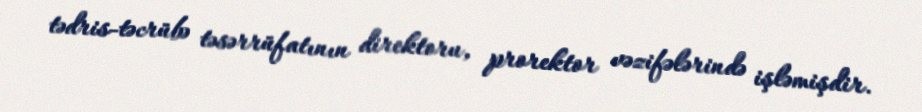
tədris-təcrübə təsərrüfatının direktoru, prorektor vəzifələrində işləmişdir.